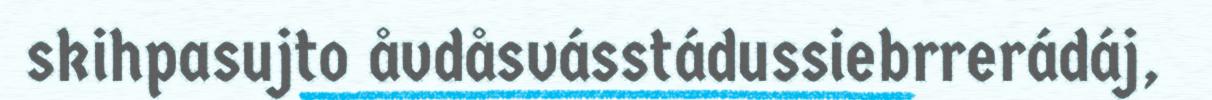
skihpasujto åvdåsvásstádussiebrrerádáj,